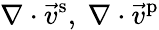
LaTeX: \nabla\cdot\vec{v}^{\mathrm{s}},\ \nabla\cdot\vec{v}^{\mathrm{p}}